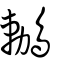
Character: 鶒